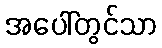
အပေါ်တွင်သာ